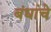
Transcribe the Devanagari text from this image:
बंधांचे